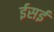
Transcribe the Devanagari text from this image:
ईसई